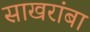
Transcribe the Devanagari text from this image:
साखरांबा